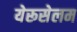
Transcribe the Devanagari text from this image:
येरूसेलम